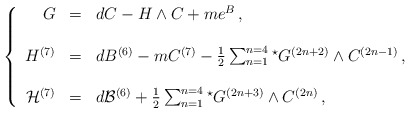
\begin{align*}\left\{\begin{array}{rcl}G & = & dC -H\wedge C +m e^{B}\, ,\\& & \\H^{(7)} & = & dB^{(6)} -m C^{(7)} -\frac{1}{2} \sum_{n=1}^{n=4} {}^{\star} G^{(2n+2)}\wedge C^{(2n-1)}\, ,\\& & \\{\cal H}^{(7)} & = & d{\cal B}^{(6)} +\frac{1}{2} \sum_{n=1}^{n=4} {}^{\star} G^{(2n+3)}\wedge C^{(2n)}\, ,\\\end{array}\right.\end{align*}